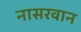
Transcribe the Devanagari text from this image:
नासरवान